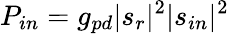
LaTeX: P_{in}=g_{pd}|s_{r}|^{2}|s_{in}|^{2}